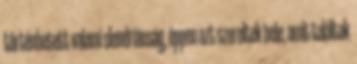
történhetett valami slendriánság, éppen azt szereltek bele, amit találtak